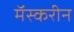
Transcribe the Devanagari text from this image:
मॅस्करीन